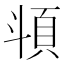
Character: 𩑯